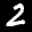
Label: 2